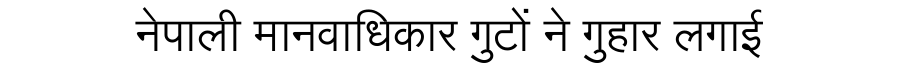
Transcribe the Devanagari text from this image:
नेपाली मानवाधिकार गुटों ने गुहार लगाई